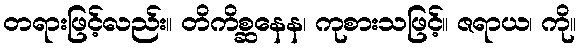
တရားဖြင့်လည်း။ တိကိစ္ဆနေန၊ ကုစားသဖြင့်။ ဇရာယ၊ ကို။